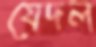
যেদল